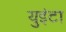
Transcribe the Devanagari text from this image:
युइंटा